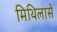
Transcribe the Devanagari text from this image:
मिथिलासे